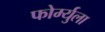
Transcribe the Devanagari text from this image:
फोर्म्युला